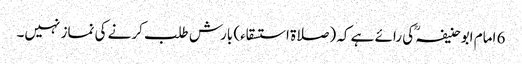
6 امام ابوحنیفہؒ کی رائے ہے کہ (صلاۃ استسقاء) بارش طلب کرنے کی نماز نہیں۔